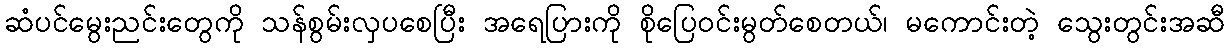
ဆံပင်မွေးညင်းတွေကို သန်စွမ်းလှပစေပြီး အရေပြားကို စိုပြေဝင်းမွတ်စေတယ်၊ မကောင်းတဲ့ သွေးတွင်းအဆီ